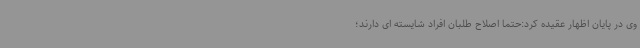
وی در پایان اظهار عقیده کرد:حتما اصلاح طلبان افراد شایسته ای دارند؛